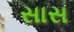
સાસ